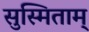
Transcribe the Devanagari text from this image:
सुस्मिताम्